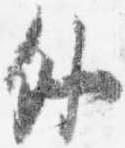
外